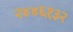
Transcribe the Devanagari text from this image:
२४४६१३२